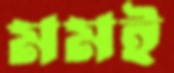
মমই